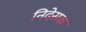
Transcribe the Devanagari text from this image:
निदेसक